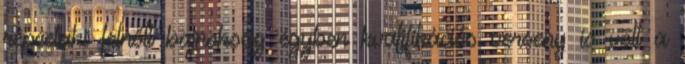
répcelaki felnőtt bajnokság egyben kvalifikációs verseny is volt a